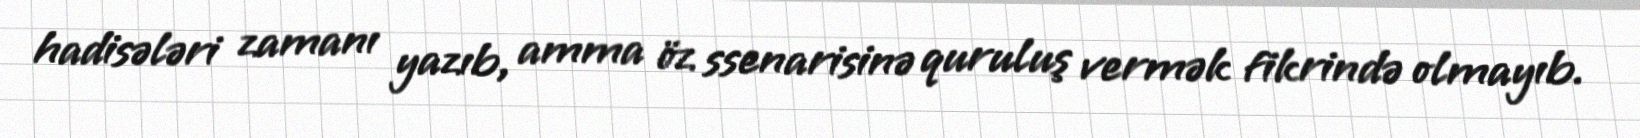
hadisələri zamanı yazıb, amma öz ssenarisinə quruluş vermək fikrində olmayıb.